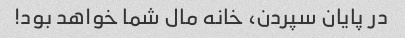
در پایان سپردن، خانه مال شما خواهد بود!